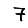
Digit: 7